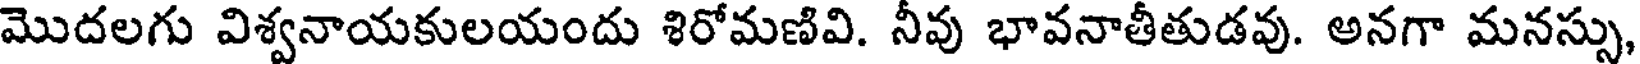
మొదలగు విశ్వనాయకులయందు శిరోమణివి. నీవు భావనాతీతుడవు. అనగా మనస్సు,